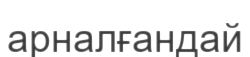
арналғандай